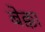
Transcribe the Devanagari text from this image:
बेक्का